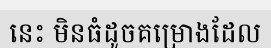
នេះ មិនធំដូចគម្រោងដែល